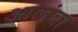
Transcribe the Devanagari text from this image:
आलंबा